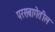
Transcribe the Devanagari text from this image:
परसबागेतील